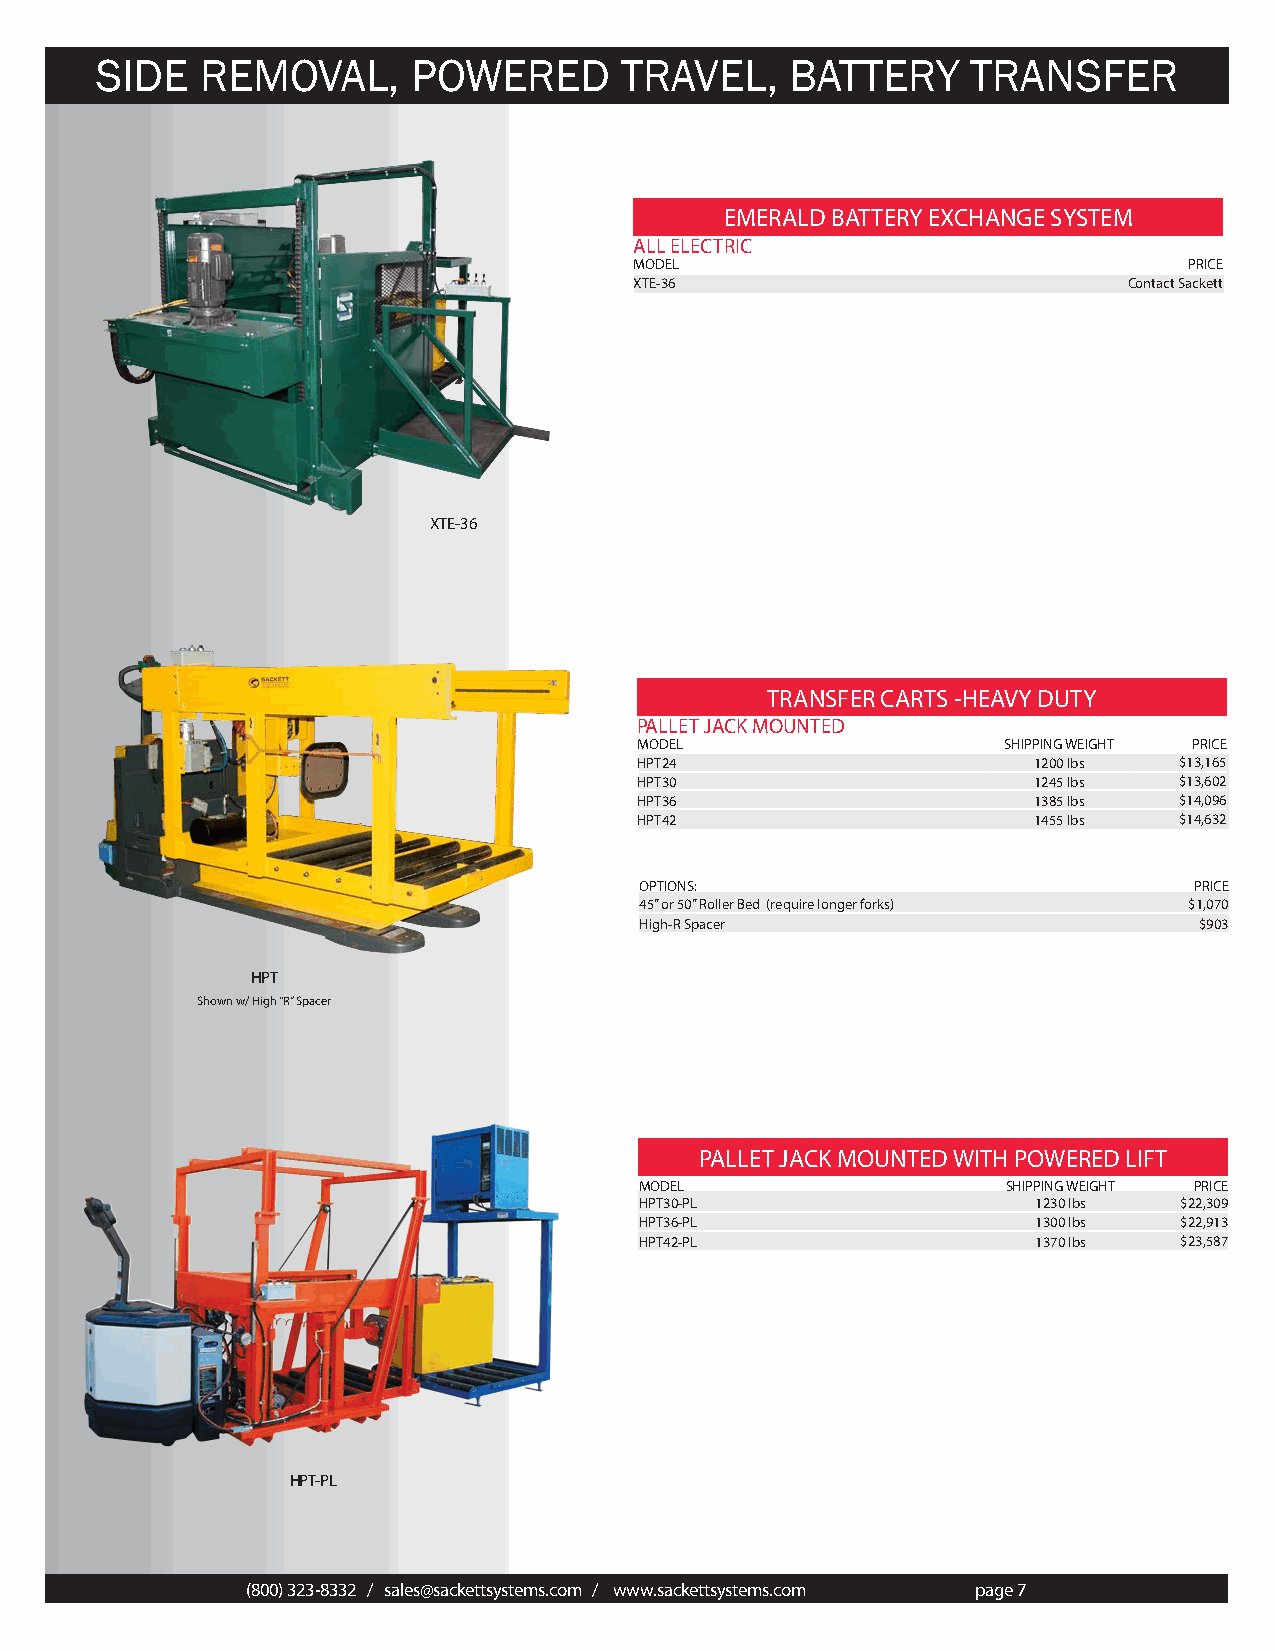
SIDE   REMOVAL,      POWERED       TRAVEL,    BATTERY     TRANSFER
 EMERALD BATTERY EXCHANGE SYSTEM
 ALL ELECTRIC
 MODEL                                PRICE
 XTE-36                           Contact Sackett
 XTE-36
 TRANSFER CARTS -HEAVY DUTY
 PALLET JACK MOUNTED
 MODEL                   SHIPPING WEIGHT PRICE
 HPT24                     1200 lbs  $13,165
 HPT30                     1245 lbs  $13,602
 HPT36                     1385 lbs  $14,096
 HPT42                     1455 lbs  $14,632
 OPTIONS:                             PRICE
 45” or 50” Roller Bed (require longer forks) $1,070
 High-R Spacer                        $903
 HPT
 Shown w/ High “R” Spacer
 PALLET JACK MOUNTED WITH POWERED LIFT
 MODEL                    SHIPPING WEIGHT PRICE
 HPT30-PL                   1230 lbs $22,309
 HPT36-PL                   1300 lbs $22,913
 HPT42-PL                   1370 lbs $23,587
 HPT-PL
 (800) 323-8332 / sales@sackettsystems.com / www.sackettsystems.com page 7